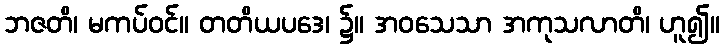
ဘဇတိ၊ မကပ်ဝင်။ တတိယပဒေ၊ ၌။ အဝသေသာ အကုသလာတိ၊ ဟူ၍။